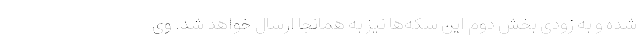
شده و به زودی بخش دوم این سکه‌ها نیز به همانجا ارسال خواهد شد. وی